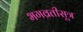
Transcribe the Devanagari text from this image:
भगव्रतीसूत्र